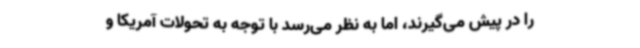
را در پیش می‌گیرند، اما به نظر می‌رسد با توجه به تحولات آمریکا و